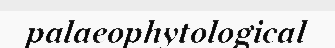
palaeophytological